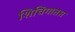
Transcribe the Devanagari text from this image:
शिचिगातस